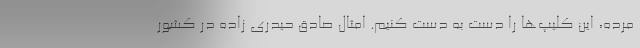
مُرده، این کلیپ‌ها را دست به دست کنیم. امثال صادق حیدری زاده در کشور